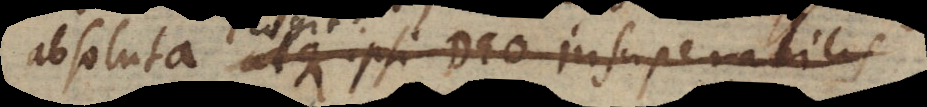
absoluta atque ipsi Deo insuperabilis